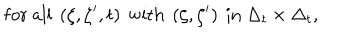
\mathrm { f o r \ a l l \ } \left( \zeta , \zeta ^ { \prime } , t \right) \mathrm { \ w i t h \ } \left( \zeta , \zeta ^ { \prime } \right) \mathrm { \ i n \ } \Delta _ { t } \times \Delta _ { t } ,